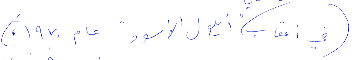
في أعقاب "أيلول الأسود" عام ١٩٧٠،